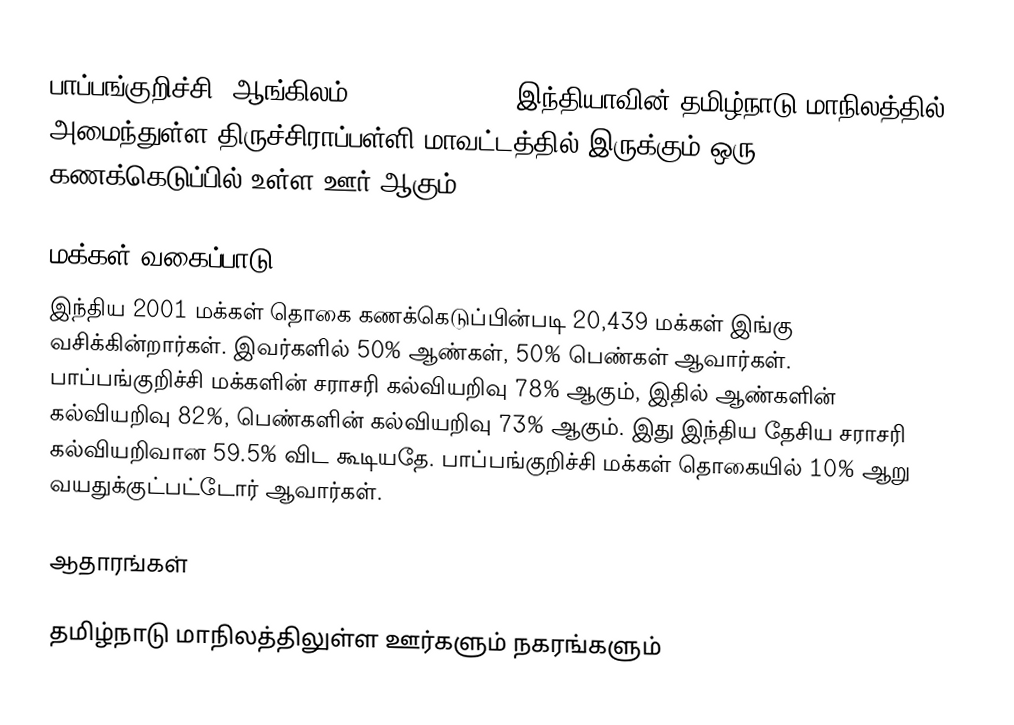
பாப்பங்குறிச்சி (ஆங்கிலம்:Pappankurichi), இந்தியாவின் தமிழ்நாடு மாநிலத்தில் அமைந்துள்ள திருச்சிராப்பள்ளி மாவட்டத்தில் இருக்கும் ஒரு கணக்கெடுப்பில் உள்ள ஊர் ஆகும்.

மக்கள் வகைப்பாடு
இந்திய 2001 மக்கள் தொகை கணக்கெடுப்பின்படி 20,439 மக்கள் இங்கு வசிக்கின்றார்கள். இவர்களில் 50% ஆண்கள், 50% பெண்கள் ஆவார்கள். பாப்பங்குறிச்சி மக்களின் சராசரி கல்வியறிவு 78% ஆகும், இதில் ஆண்களின் கல்வியறிவு 82%, பெண்களின் கல்வியறிவு 73% ஆகும். இது இந்திய தேசிய சராசரி கல்வியறிவான 59.5% விட கூடியதே. பாப்பங்குறிச்சி மக்கள் தொகையில் 10% ஆறு வயதுக்குட்பட்டோர் ஆவார்கள்.

ஆதாரங்கள்

 தமிழ்நாடு மாநிலத்திலுள்ள ஊர்களும் நகரங்களும்